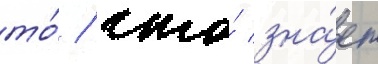
то́ / что́ зна́ет